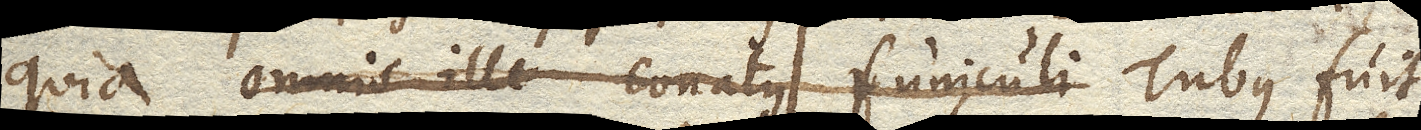
quia omnis ille conatus funiculi Tubus fuit